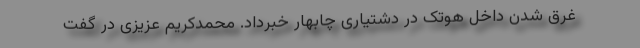
غرق شدن داخل هوتک در دشتیاری چابهار خبرداد. محمدکریم عزیزی در گفت